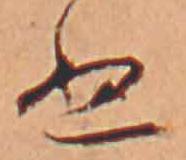
ぬ